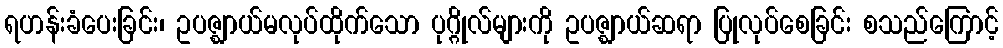
ရဟန်းခံပေးခြင်း၊ ဥပဇ္ဈာယ်မလုပ်ထိုက်သော ပုဂ္ဂိုလ်များကို ဥပဇ္ဈာယ်ဆရာ ပြုလုပ်စေခြင်း စသည်ကြောင့်